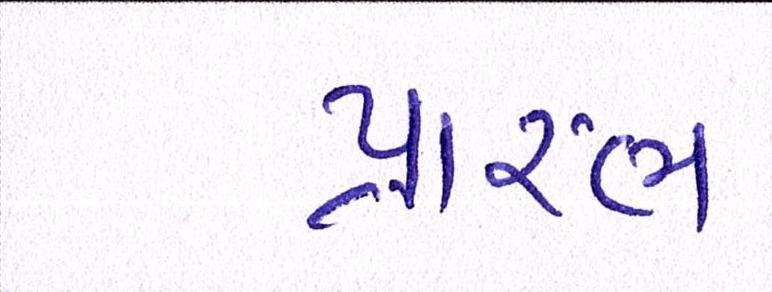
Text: પ્રારંભ